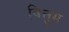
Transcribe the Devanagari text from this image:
वित्तुम